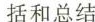
括和总结